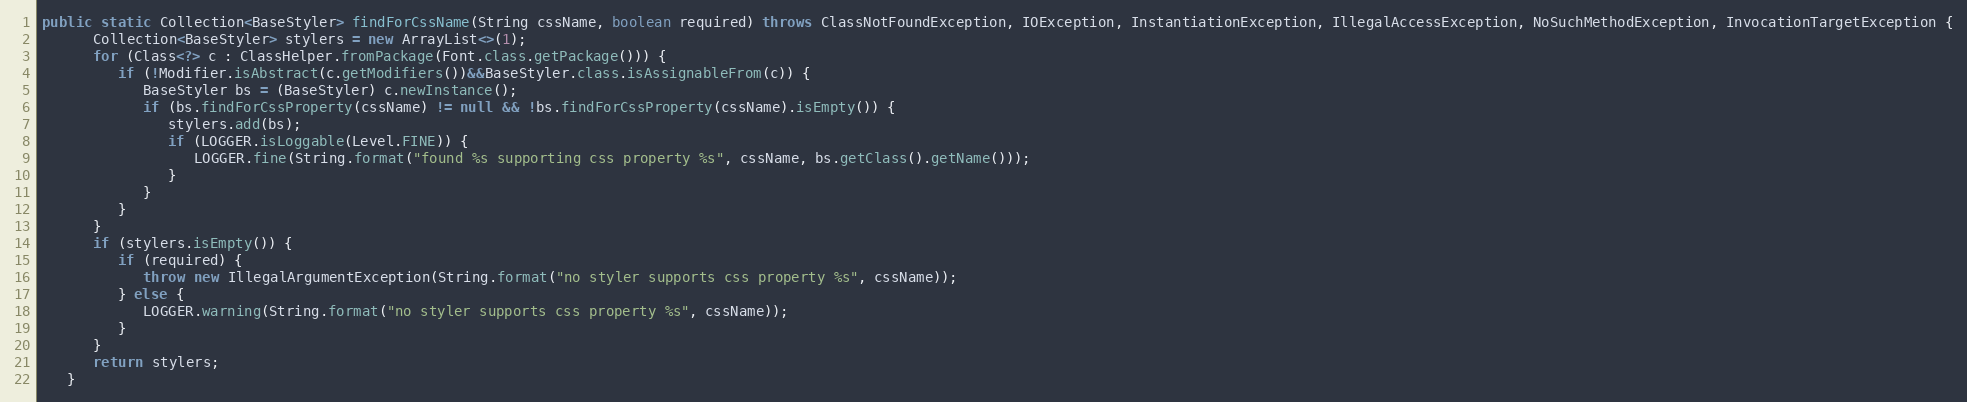
Language: Java
public static Collection<BaseStyler> findForCssName(String cssName, boolean required) throws ClassNotFoundException, IOException, InstantiationException, IllegalAccessException, NoSuchMethodException, InvocationTargetException {
      Collection<BaseStyler> stylers = new ArrayList<>(1);
      for (Class<?> c : ClassHelper.fromPackage(Font.class.getPackage())) {
         if (!Modifier.isAbstract(c.getModifiers())&&BaseStyler.class.isAssignableFrom(c)) {
            BaseStyler bs = (BaseStyler) c.newInstance();
            if (bs.findForCssProperty(cssName) != null && !bs.findForCssProperty(cssName).isEmpty()) {
               stylers.add(bs);
               if (LOGGER.isLoggable(Level.FINE)) {
                  LOGGER.fine(String.format("found %s supporting css property %s", cssName, bs.getClass().getName()));
               }
            }
         }
      }
      if (stylers.isEmpty()) {
         if (required) {
            throw new IllegalArgumentException(String.format("no styler supports css property %s", cssName));
         } else {
            LOGGER.warning(String.format("no styler supports css property %s", cssName));
         }
      }
      return stylers;
   }